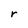
Character: r